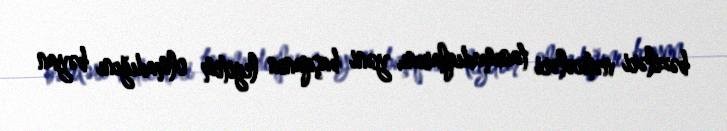
bəziləri nəticələri tanımadıqlarını, yəni başqanın legitim olmadığını bəyan